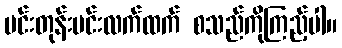
မင်းတုန်းမင်းလက်ထက် စသည်ကိုကြည့်ပါ။